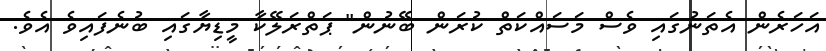
އަހަރެން އެތަނުގައި ވެސް މަސައްކަތް ކުރަން ބޭނުން" ޕަތްރަލޭކާ މީޑިޔާގައި ބުނެފައިވެ އެވެ.